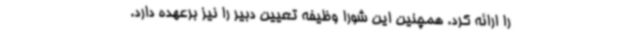
را ارائه کرد. همچنین این شورا وظیفه تعیین دبیر را نیز برعهده دارد.